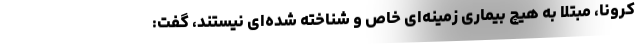
کرونا، مبتلا به هیچ بیماری زمینه‌ای خاص و شناخته شده‌ای نیستند، گفت: